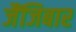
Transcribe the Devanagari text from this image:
जैंजिबार